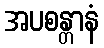
အပစန္တာနံ